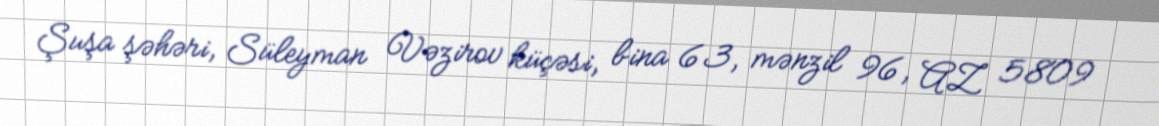
Şuşa şəhəri, Süleyman Vəzirov küçəsi, bina 63, mənzil 96, AZ 5809